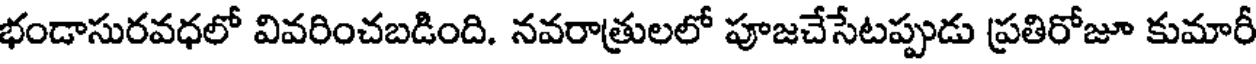
భండాసురవధలో వివరించబడింది. నవరాత్రులలో పూజచేసేటప్పుడు ప్రతిరోజూ కుమారీ